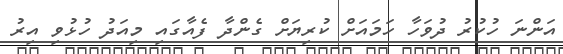
އަންނަ ހުކުރު ދުވަހާ ހަމައަށް ކުރިޔަށް ގެންދާ ފެއާގައި މިއަދު ހުޅުވި އިރު